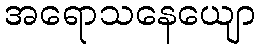
အရောသနေယျော